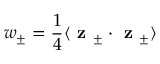
w _ { \pm } = \frac { 1 } { 4 } \langle \textbf { z } _ { \pm } \cdot \textbf { z } _ { \pm } \rangle